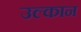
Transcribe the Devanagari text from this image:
उल्कान